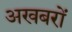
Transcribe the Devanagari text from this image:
अखबरों